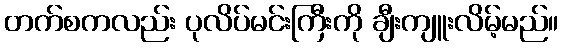
တက်စကလည်း ပုလိပ်မင်းကြီးကို ချီးကျူးလိမ့်မည်။